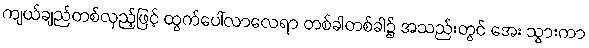
ကျယ်ချည်တစ်လှည့်ဖြင့် ထွက်ပေါ်လာလေရာ တစ်ခါတစ်ခါ၌ အသည်းတွင် အေး သွားကာ